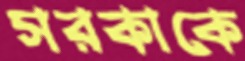
সরকাকে